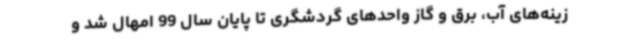
زینه‌های آب، برق و گاز واحدهای گردشگری تا پایان سال 99 امهال شد و